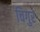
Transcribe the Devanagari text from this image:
चिगुर